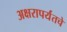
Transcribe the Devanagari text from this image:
अक्षरापर्यंतचे